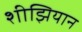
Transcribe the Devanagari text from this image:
शीझियान